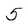
Character: 5